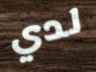
لدي